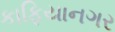
કાફિયાનગર